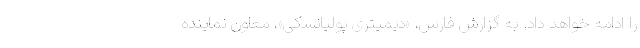
را ادامه خواهد داد. به گزارش فارس، «دیمیتری پولیانسکی»، معاون نماینده